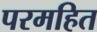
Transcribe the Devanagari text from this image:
परमहित